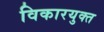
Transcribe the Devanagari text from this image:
विकारयुक्त